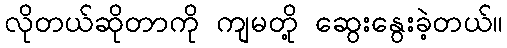
လိုတယ်ဆိုတာကို ကျမတို့ ဆွေးနွေးခဲ့တယ်။